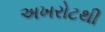
અખરોટથી